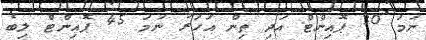
ނަމަ 30 ޕޮއިންޓް އަދި ތިން އަހަރު ނަމަ 45 ޕޮއިންޓް ލިބެ